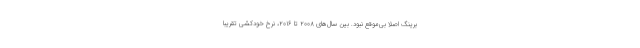
برینگ اصلاً بی‌موقع نبود. بین سال‌های ۲۰۰۸ تا ۲۰۱۶، نرخ خودکشی تقریباً